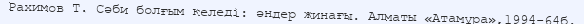
Рахимов Т. Сәби болғым келеді: әндер жинағы. Алматы «Атамұра»,1994-64б.